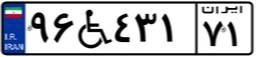
۲۰W۴۱۱۶۱